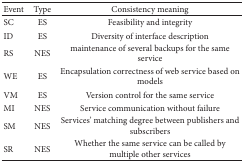
<table><thead><tr><td><b>Event</b></td><td><b>Type</b></td><td><b>Consistency meaning</b></td></tr></thead><tbody><tr><td>SC</td><td>ES</td><td>Feasibility and integrity</td></tr><tr><td>ID</td><td>ES</td><td>Diversity of interface description</td></tr><tr><td>RS</td><td>NES</td><td>maintenance of several backups for the same service</td></tr><tr><td>WE</td><td>ES</td><td>Encapsulation correctness of web service based on models</td></tr><tr><td>VM</td><td>ES</td><td>Version control for the same service</td></tr><tr><td>MI</td><td>NES</td><td>Service communication without failure</td></tr><tr><td>SM</td><td>NES</td><td>Services&#x27; matching degree between publishers and subscribers</td></tr><tr><td>SR</td><td>NES</td><td>Whether the same service can be called by multiple other services</td></tr></tbody></table>